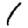
Digit: 1